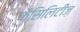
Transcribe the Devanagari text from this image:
फैसिलिटीज़